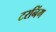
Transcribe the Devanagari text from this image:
टरनिंग